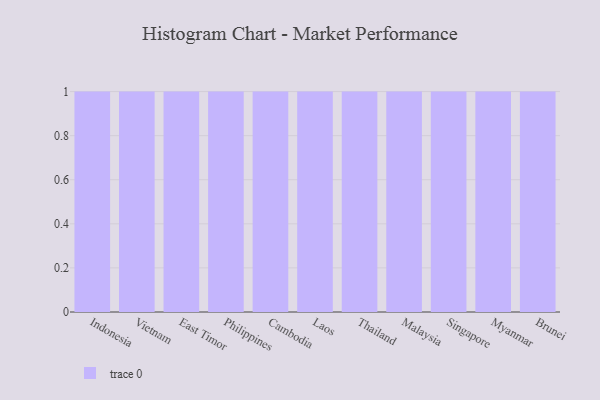
{"axis": {"x": "Country", "y": "Energy Usage (MWh)"}, "legend": [""], "data": [{"x": "Indonesia", "y": 22, "type": ""}, {"x": "Vietnam", "y": 84, "type": ""}, {"x": "East Timor", "y": 92, "type": ""}, {"x": "Philippines", "y": 57, "type": ""}, {"x": "Cambodia", "y": 1, "type": ""}, {"x": "Laos", "y": 65, "type": ""}, {"x": "Thailand", "y": 45, "type": ""}, {"x": "Malaysia", "y": 64, "type": ""}, {"x": "Singapore", "y": 28, "type": ""}, {"x": "Myanmar", "y": 95, "type": ""}, {"x": "Brunei", "y": 89, "type": ""}]}